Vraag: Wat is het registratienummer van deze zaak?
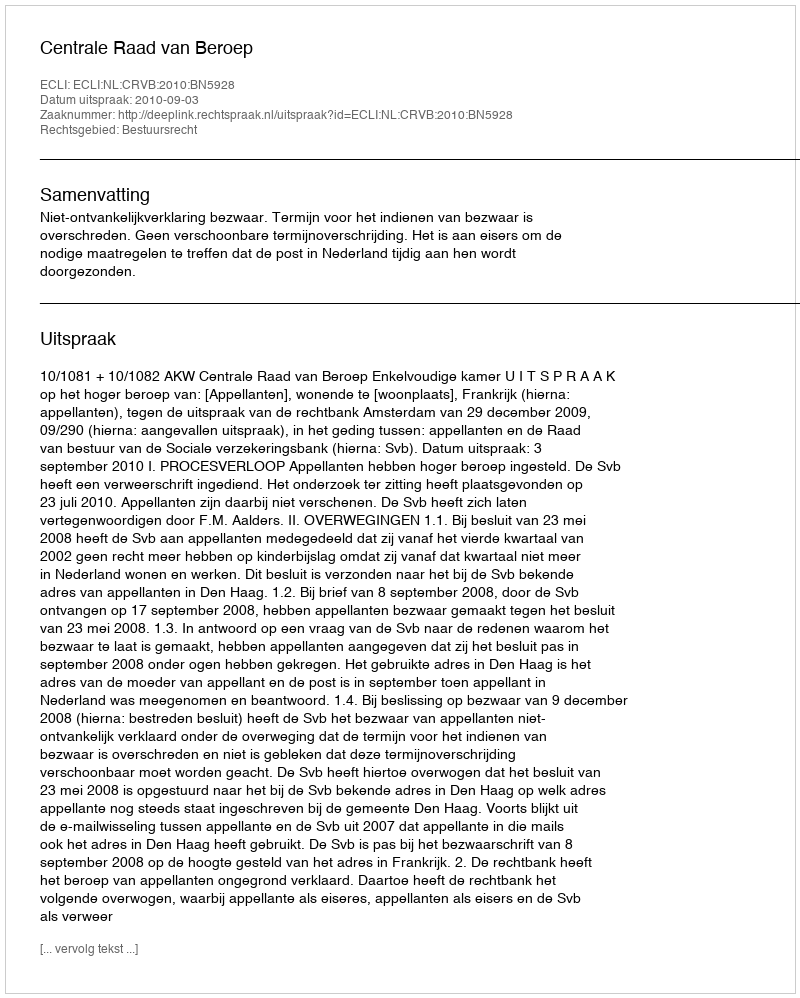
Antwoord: http://deeplink.rechtspraak.nl/uitspraak?id=ECLI:NL:CRVB:2010:BN5928